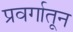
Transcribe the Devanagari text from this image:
प्रवर्गातून